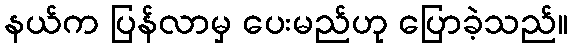
နယ်က ပြန်လာမှ ပေးမည်ဟု ပြောခဲ့သည်။